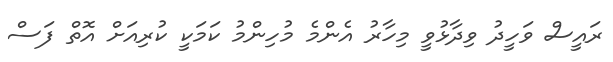
ރައީސް ވަހީދު ވިދާޅުވީ މިހާރު އެންމެ މުހިންމު ކަމަކީ ކުރިއަށް އޮތް ފަސް